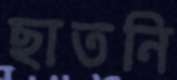
ছাতনি